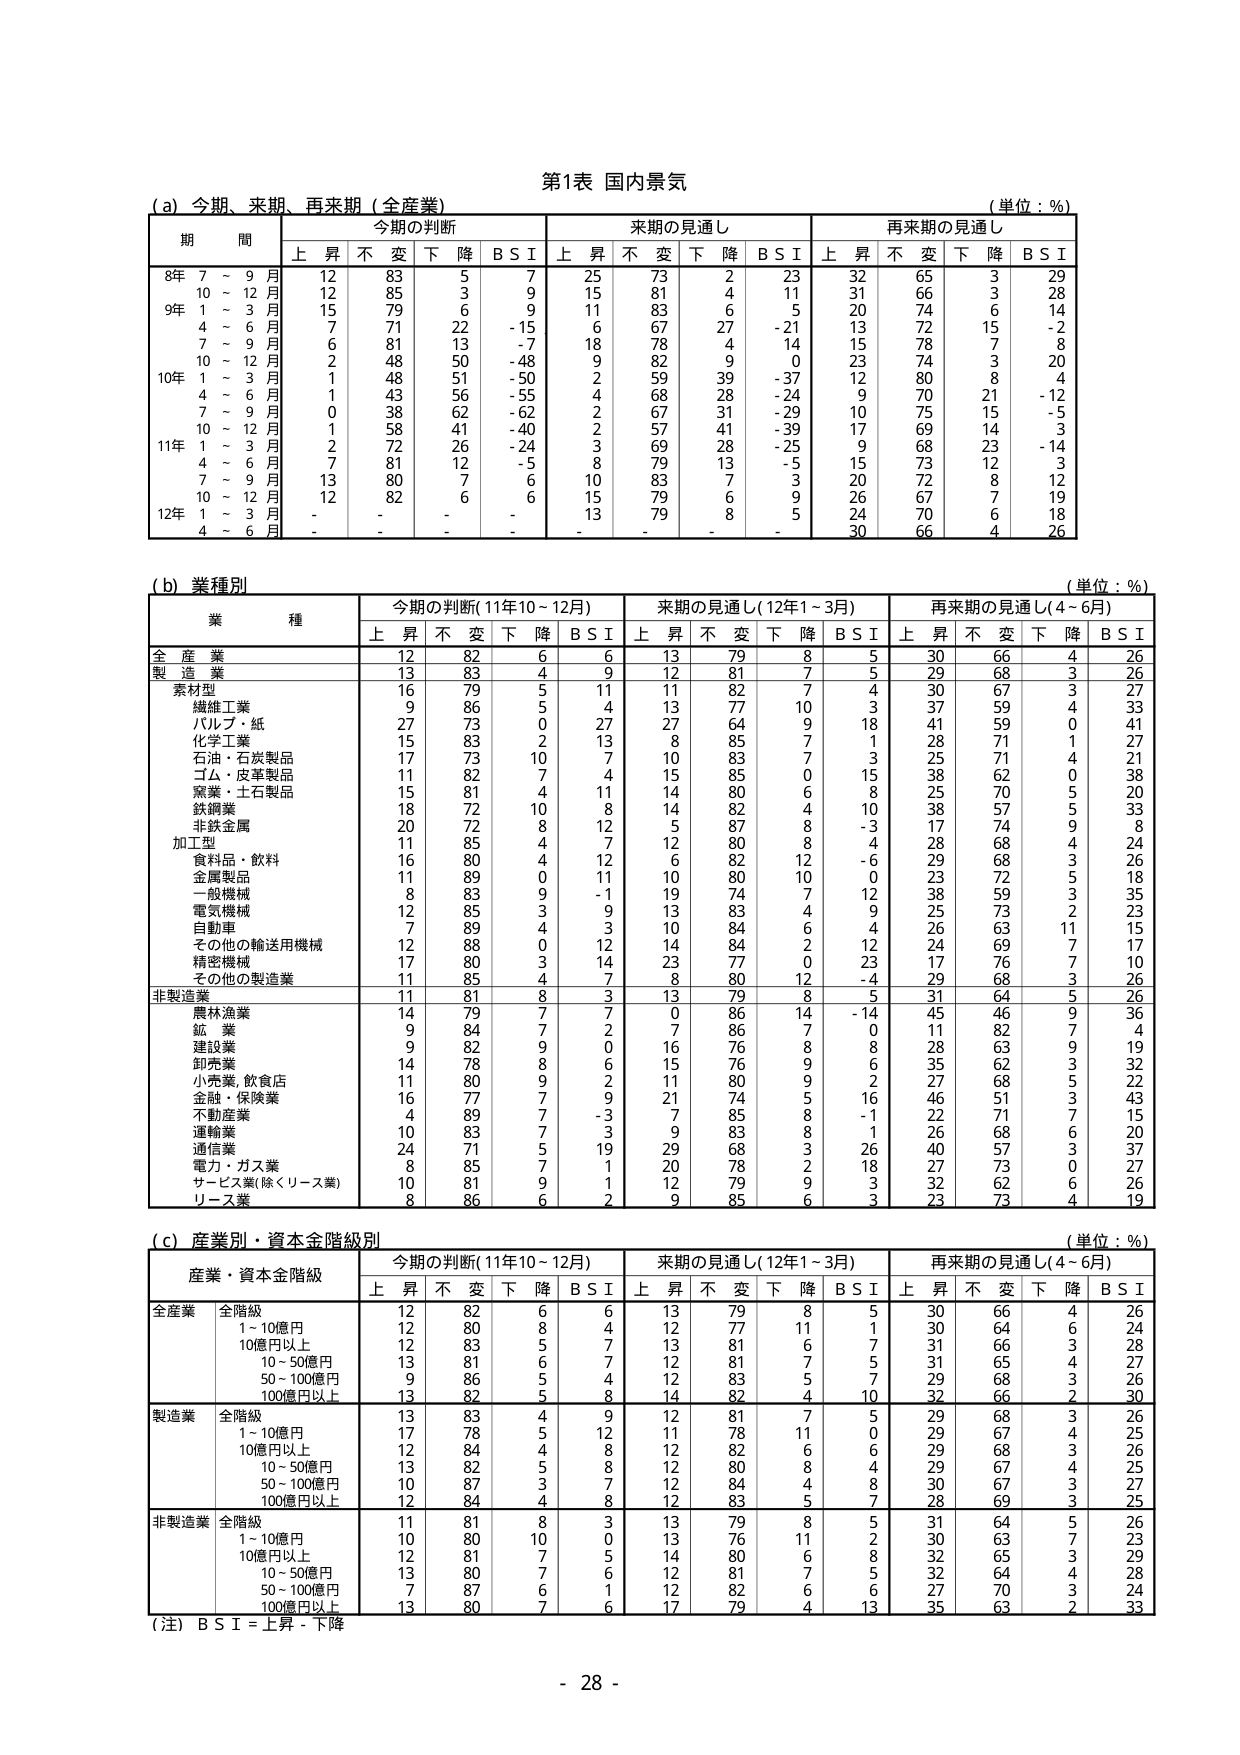
第1表 国内景気

(a) 今期、来期、再来期（全産業） （単位：%）
期 間 今期の判断 来期の見通し 再来期の見通し
上 昇 不 変 下 降 B S I 上 昇 不 変 下 降 B S I 上 昇 不 変 下 降 B S I
8年 7 ~ 9 月 12 83 5 7 25 73 2 23 32 65 3 29
10 ~ 12 月 12 85 3 9 15 81 4 11 31 66 3 28
9年 1 ~ 3 月 15 79 6 9 11 83 6 5 20 74 6 14
4 ~ 6 月 7 71 22 -15 6 67 27 -21 13 72 15 -2
7 ~ 9 月 6 81 13 -7 18 78 4 14 15 78 7 8
10 ~ 12 月 2 48 50 -48 9 82 9 0 23 74 3 20
10年 1 ~ 3 月 1 48 51 -50 2 59 39 -37 12 80 8 4
4 ~ 6 月 1 43 56 -55 4 68 28 -24 9 70 21 -12
7 ~ 9 月 0 38 62 -62 2 67 31 -29 10 75 15 -5
10 ~ 12 月 1 58 41 -40 2 57 41 -39 17 69 14 -3
11年 1 ~ 3 月 2 72 26 -24 3 69 28 -25 9 68 23 -14
4 ~ 6 月 7 81 12 -5 8 79 13 -5 15 73 12 3
7 ~ 9 月 13 80 7 6 10 83 7 3 20 72 8 12
10 ~ 12 月 12 82 6 6 15 79 6 9 26 67 7 19
12年 1 ~ 3 月 - - - - 13 - 8 5 24 70 6 18
4 ~ 6 月 - - - - - - - - 30 66 4 26

(b) 業種別 （単位：%）
業 種 今期の判断（11年10～12月） 来期の見通し（12年1～3月） 再来期の見通し（4～6月）
上 昇 不 変 下 降 B S I 上 昇 不 変 下 降 B S I 上 昇 不 変 下 降 B S I
全 産 業 12 82 6 6 13 79 8 5 30 66 4 26
製 造 業 13 83 4 9 12 81 7 5 29 68 3 26
素材型 16 79 5 11 11 82 7 4 30 67 3 27
繊維工業 9 86 5 4 13 77 10 3 37 59 4 33
パルプ・紙 27 73 0 27 27 64 9 18 41 59 0 41
化学工業 15 83 2 13 8 85 7 1 28 71 1 27
石油・石炭製品 17 73 10 7 10 83 7 3 25 71 4 21
ゴム・皮革製品 11 82 7 4 15 85 0 15 38 62 0 38
窯業・土石製品 15 81 4 11 14 80 6 8 25 70 5 20
鉄鋼業 18 72 10 8 14 82 4 10 38 57 5 33
非鉄金属 20 72 8 12 5 87 8 -3 17 74 9 8
加工型 11 85 4 7 12 80 8 4 28 68 4 24
食料品・飲料 16 80 4 12 6 82 12 -6 29 68 3 26
金属製品 11 89 0 11 10 80 10 0 23 72 5 18
一般機械 8 83 9 -1 19 74 7 12 38 59 3 35
電気機械 12 85 3 9 13 83 4 9 25 73 2 23
自動車 7 89 4 3 10 84 6 4 26 63 11 15
その他の輸送用機械 12 88 0 12 14 84 2 12 24 69 7 17
精密機械 17 80 3 14 23 77 0 23 17 76 7 10
その他の製造業 11 85 4 7 8 80 12 -4 29 68 3 26
非製造業 11 81 8 3 13 79 8 5 31 64 5 26
農林漁業 14 79 7 7 0 86 14 -14 45 46 9 36
鉱 業 9 84 7 2 7 86 7 0 11 82 7 4
建設業 9 82 9 0 16 76 8 8 28 63 9 19
卸売業 14 78 8 6 15 76 9 6 35 62 3 32
小売業,飲食店 11 80 9 2 11 80 9 2 27 68 5 22
金融・保険業 16 77 7 9 21 74 5 16 46 51 3 43
不動産業 4 89 7 -3 7 85 8 -1 22 71 7 15
運輸業 10 83 7 3 9 83 8 1 26 68 6 20
通信業 24 71 5 19 29 68 3 26 40 57 3 37
電力・ガス業 8 85 7 1 20 78 2 18 27 73 0 27
サービス業(除くリース業) 10 81 9 1 12 79 9 3 32 62 6 26
リース業 8 86 6 2 9 85 6 3 23 73 4 19

(c) 産業別・資本金階級別 （単位：%）
産業・資本金階級 今期の判断（11年10～12月） 来期の見通し（12年1～3月） 再来期の見通し（4～6月）
上 昇 不 変 下 降 B S I 上 昇 不 変 下 降 B S I 上 昇 不 変 下 降 B S I
全産業 全階級 12 82 6 6 13 79 8 5 30 66 4 26
1～10億円 12 80 8 4 12 77 11 1 30 64 6 24
10億円以上 12 83 5 7 13 81 6 7 31 66 3 28
10～50億円 13 81 6 7 12 81 7 5 31 65 4 27
50～100億円 9 86 5 4 12 83 5 7 29 68 3 26
100億円以上 13 82 5 8 14 82 4 10 32 66 2 30
製造業 全階級 13 83 4 9 12 81 7 5 29 68 3 26
1～10億円 17 78 5 12 11 78 11 0 29 67 4 25
10億円以上 12 84 4 8 12 82 6 6 29 68 3 26
10～50億円 13 82 5 8 12 80 8 4 29 67 4 25
50～100億円 10 87 3 7 12 84 4 8 30 67 3 27
100億円以上 12 84 4 8 12 83 5 7 28 69 3 25
非製造業 全階級 11 81 8 3 13 79 8 5 31 64 5 26
1～10億円 10 80 10 0 13 76 11 2 30 63 7 23
10億円以上 12 81 7 5 14 80 6 8 32 65 3 29
10～50億円 13 80 7 6 12 81 7 5 32 64 4 28
50～100億円 7 87 6 1 12 82 6 6 27 70 3 24
100億円以上 13 80 7 6 17 79 4 13 35 63 2 33

（注）B S I = 上昇 - 下降

- 28 -